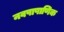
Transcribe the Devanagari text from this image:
नवपाषाणिक